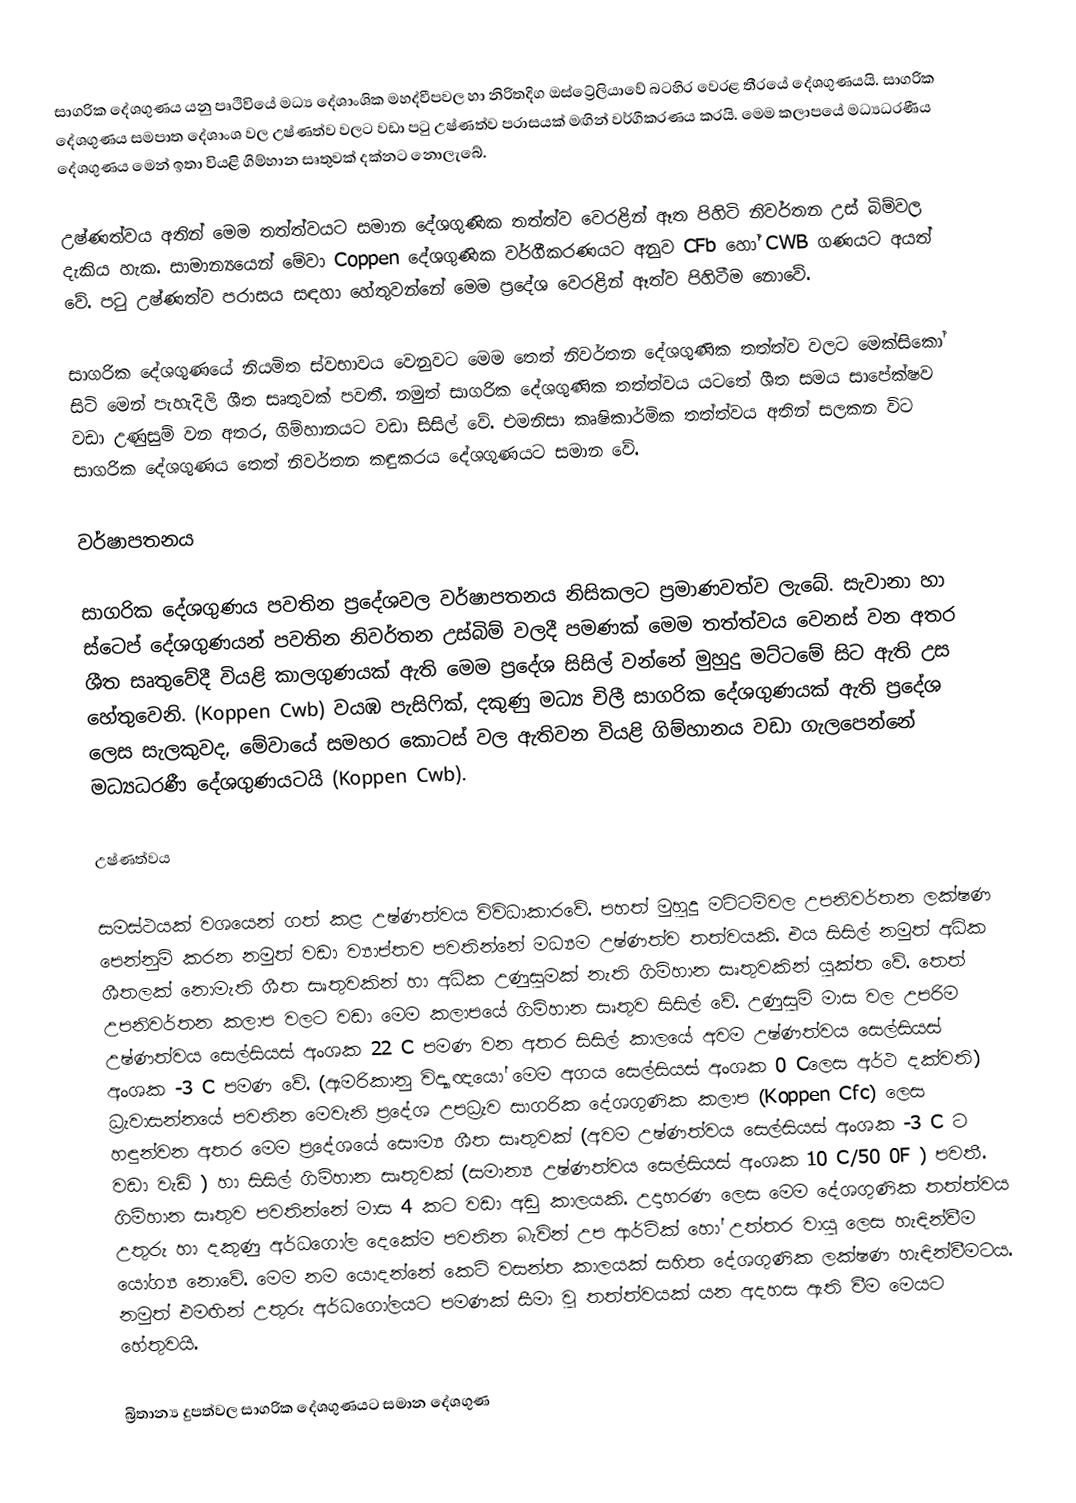
සාගරික දේශගුණය යනු පෘථිවියේ මධ්‍ය දේශාංශික මහද්වීපවල හා නිරිතදිග ඔස්ට්‍රේලියාවේ බටහිර වෙරළ තීරයේ දේශගුණයයි. සාගරික දේශගුණය සමපාත දේශාංශ වල උෂ්ණත්ව වලට වඩා පටු උෂ්ණත්ව පරාසයක් මඟින් වර්ගීකරණය කරයි. මෙම කලාපයේ මධ්‍යධරණීය දේශගුණය මෙන් ඉතා වියළි ගිම්හාන සෘතුවක් දක්නට නොලැබේ.

උෂ්ණත්වය අතින් මෙම තත්ත්වයට සමාන දේශගුණික තත්ත්ව වෙරළින් ඈත  පිහිටි නිවර්තන උස් බිම්වල දැකිය හැක. සාමාන්‍යයෙන් මේවා Coppen දේශගුණික වර්ගීකරණයට අනුව CFb හෝ CWB ගණයට අයත් වේ. පටු උෂ්ණත්ව පරාසය සඳහා  හේතුවන්නේ මෙම ප්‍රදේශ වෙරළින් ඈත්ව පිහිටීම නොවේ.

සාගරික දේශගුණයේ නියමිත ස්වභාවය වෙනුවට මෙම තෙත් නිවර්තන දේශගුණික තත්ත්ව වලට මෙක්සිකෝ සිටි මෙන් පැහැදිලි ශීත සෘතුවක් පවතී. නමුත් සාගරික දේශගුණික තත්ත්වය යටතේ ශීත සමය සාපේක්ෂව වඩා උණුසුම් වන අතර, ගිම්හානයට වඩා සිසිල් වේ. එමනිසා කෘෂිකාර්මික තත්ත්වය අතින් සලකන විට සාගරික දේශගුණය තෙත් නිවර්තන කඳුකරය දේශගුණයට සමාන වේ.

වර්ෂාපතනය

සාගරික දේශගුණය පවතින ප්‍රදේශවල වර්ෂාපතනය නිසිකලට ප්‍රමාණවත්ව ලැබේ. සැවානා හා ස්ටෙප් දේශගුණයන් පවතින නිවර්තන උස්බිම් වලදී පමණක් මෙම තත්ත්වය වෙනස් වන අතර ශීත සෘතුවේදී වියළි කාලගුණයක් ඇති මෙම ප්‍රදේශ සිසිල් වන්නේ මුහුදු මට්ටමේ සිට ඇති උස හේතුවෙනි. (Koppen Cwb)  වයඹ පැසිෆික්, දකුණු මධ්‍ය චිලී සාගරික දේශගුණයක් ඇති ප්‍රදේශ ලෙස සැලකුවද, මේවායේ සමහර කොටස් වල ඇතිවන වියළි ගිම්හානය වඩා ගැලපෙන්නේ මධ්‍යධරණී දේශගුණයටයි  (Koppen Cwb).

උෂ්ණත්වය

සමස්ථයක් වශයෙන් ගත් කළ උෂ්ණත්වය විවිධාකාරවේ.  පහත් මුහුදු මට්ටම්වල උපනිවර්තන ලක්ෂණ පෙන්නුම් කරන නමුත් වඩා ව්‍යාප්තව පවතින්නේ මධ්‍යම උෂ්ණත්ව තත්වයකි. එය සිසිල් නමුත් අධික ශීතලක් නොමැති ශීත සෘතුවකින් හා අධික උණුසුමක් නැති ගිම්හාන සෘතුවකින් යුක්ත වේ. තෙත් උපනිවර්තන කලාප වලට වඩා මෙම කලාපයේ ගිම්හාන සෘතුව සිසිල් වේ. උණුසුම් මාස වල උපරිම උෂ්ණත්වය සෙල්සියස් අංශක 22 C පමණ වන අතර සිසිල් කාලයේ අවම උෂ්ණත්වය සෙල්සියස් අංශක -3 C පමණ වේ. (ඇමරිකානු විද්‍යාඥයෝ මෙම අගය සෙල්සියස් අංශක 0 C‍ලෙස අර්ථ දක්වති) ධ්‍රැවාසන්නයේ පවතින මෙවැනි ප්‍රදේශ උපධ්‍රැව සාගරික දේශගුණික කලාප (Koppen Cfc) ලෙස හඳුන්වන අතර මෙම ප්‍රදේශයේ සෞම්‍ය ශීත සෘතුවක් (අවම උෂ්ණත්වය සෙල්සියස් අංශක -3 C  ට වඩා වැඩි ) හා සිසිල් ගිම්හාන සෘතුවක් (සමාන්‍ය උෂ්ණත්වය සෙල්සියස් අංශක 10 C/50 0F ) පවතී. ගිම්හාන සෘතුව පවතින්නේ මාස 4 කට වඩා අඩු කාලයකි. උදාහරණ ලෙස මෙම දේශගුණික තත්ත්වය  උතුරු හා දකුණු අර්ධගෝල දෙකේම පවතින බැවින් උප ආර්ටික් හෝ උත්තර වායු ලෙස හැඳින්වීම යෝග්‍ය නොවේ. මෙම නම යොදන්නේ කෙටි වසන්ත කාලයක් සහිත දේශගුණික ලක්ෂණ හැඳින්වීමටය. නමුත් එමඟින් උතුරු අර්ධගෝලයට පමණක් සීමා වු තත්ත්වයක් යන අදහස ඇති වීම මෙයට හේතුවයි.

බ්‍රිතාන්‍ය දුපත්වල සාගරික දේශගුණයට සමාන දේශගුණ